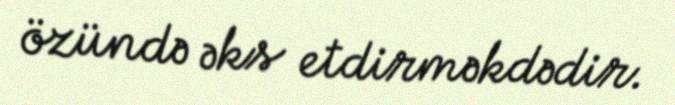
özündə əks etdirməkdədir.